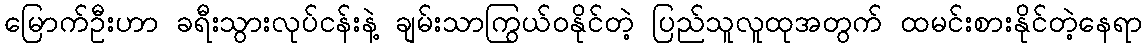
မြောက်ဦးဟာ ခရီးသွားလုပ်ငန်းနဲ့ ချမ်းသာကြွယ်ဝနိုင်တဲ့ ပြည်သူလူထုအတွက် ထမင်းစားနိုင်တဲ့နေရာ